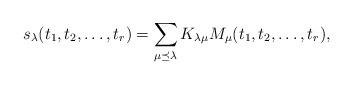
LaTeX: \begin{align*}s_\lambda(t_1,t_2,\dots,t_r)=\sum_{\mu \preceq \lambda}K_{\lambda\mu}M_{\mu}(t_1,t_2,\dots, t_r),\end{align*}